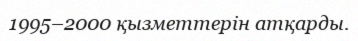
1995–2000 қызметтерін атқарды.